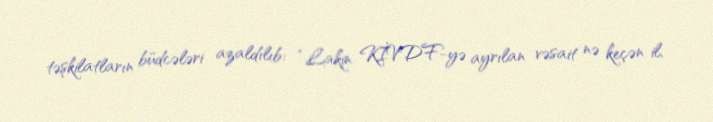
təşkilatların büdcələri azaldılıb: “Lakin KİVDF-yə ayrılan vəsait nə keçən il,